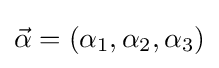
{\vec {\alpha }}=(\alpha _{1},\alpha _{2},\alpha _{3})